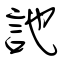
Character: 訑